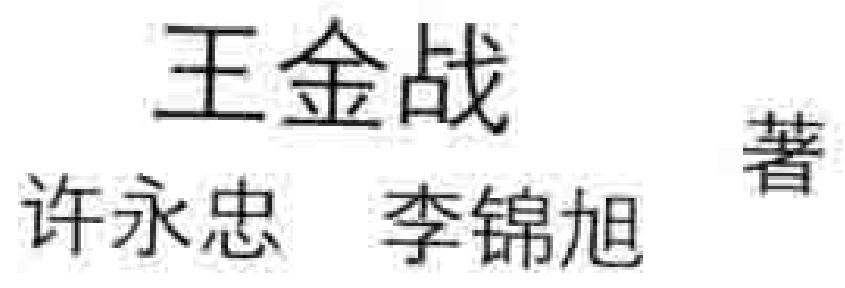
王金战 许永忠 李锦旭 著